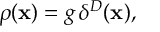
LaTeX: \rho ( { \bf x } ) = g \, \delta ^ { D } ( { \bf x } ) ,